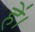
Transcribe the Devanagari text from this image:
हे॑।